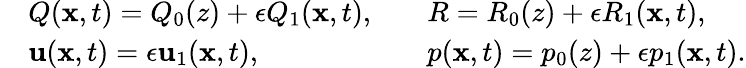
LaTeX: \begin{array}{rlrl}&{Q(\mathbf{x},t)=Q_{0}(z)+\epsilon Q_{1}(\mathbf{x},t),}&&{R=R_{0}(z)+\epsilon R_{1}(\mathbf{x},t),}\\ &{\mathbf{u}(\mathbf{x},t)=\epsilon\mathbf{u}_{1}(\mathbf{x},t),}&&{p(\mathbf{x},t)=p_{0}(z)+\epsilon p_{1}(\mathbf{x},t).}\end{array}